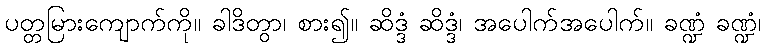
ပတ္တမြားကျောက်ကို။ ခါဒိတွာ၊ စား၍။ ဆိဒ္ဒံ ဆိဒ္ဒံ၊ အပေါက်အပေါက်။ ခဏ္ဍံ ခဏ္ဍံ၊